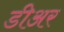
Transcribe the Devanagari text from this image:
डीअर